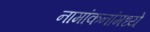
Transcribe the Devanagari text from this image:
नामांकनांमध्ये